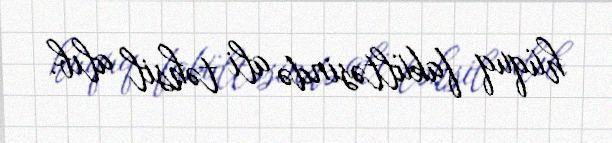
hüquq fakültəsində ali təhsil alıb.